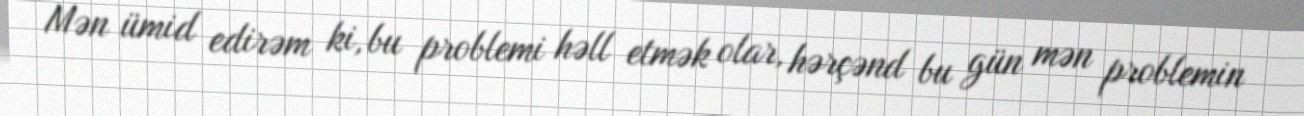
Mən ümid edirəm ki, bu problemi həll etmək olar, hərçənd bu gün mən problemin